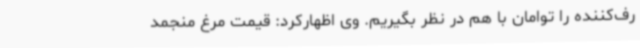
رف‌کننده را توامان با هم در نظر بگیریم. وی اظهارکرد: قیمت مرغ منجمد